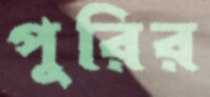
পুরির